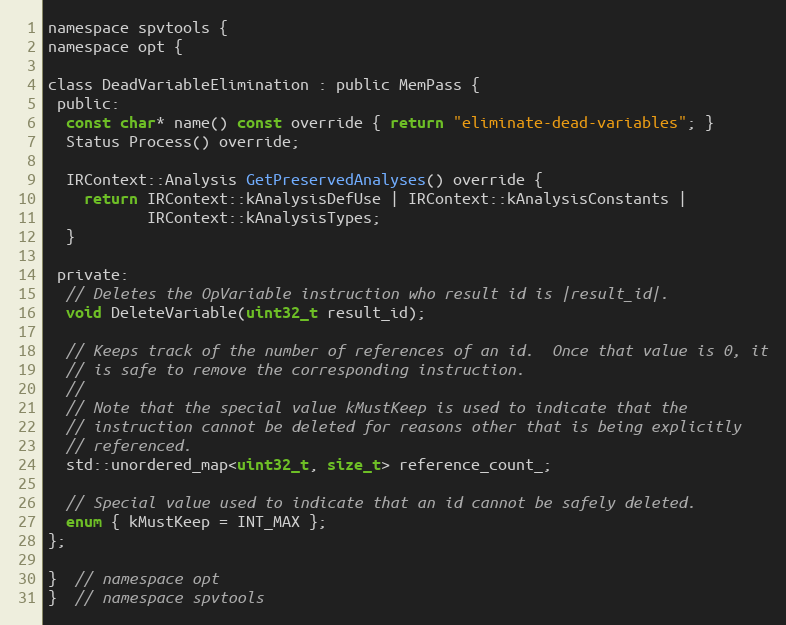
Language: C
namespace spvtools {
namespace opt {

class DeadVariableElimination : public MemPass {
 public:
  const char* name() const override { return "eliminate-dead-variables"; }
  Status Process() override;

  IRContext::Analysis GetPreservedAnalyses() override {
    return IRContext::kAnalysisDefUse | IRContext::kAnalysisConstants |
           IRContext::kAnalysisTypes;
  }

 private:
  // Deletes the OpVariable instruction who result id is |result_id|.
  void DeleteVariable(uint32_t result_id);

  // Keeps track of the number of references of an id.  Once that value is 0, it
  // is safe to remove the corresponding instruction.
  //
  // Note that the special value kMustKeep is used to indicate that the
  // instruction cannot be deleted for reasons other that is being explicitly
  // referenced.
  std::unordered_map<uint32_t, size_t> reference_count_;

  // Special value used to indicate that an id cannot be safely deleted.
  enum { kMustKeep = INT_MAX };
};

}  // namespace opt
}  // namespace spvtools